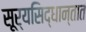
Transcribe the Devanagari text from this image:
सूर्यसिद्धान्तात